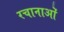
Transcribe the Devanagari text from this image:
रचानाओं